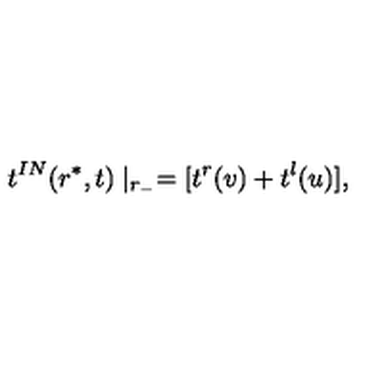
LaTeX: t ^ { I N } ( r ^ { * } , t ) \mid _ { r _ { - } } = [ t ^ { r } ( v ) + t ^ { l } ( u ) ] ,